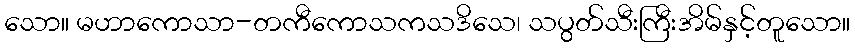
သော။ မဟာကောသာ-တကီကောသကသဒိသေ၊ သပွတ်သီးကြီးအိမ်နှင့်တူသော။